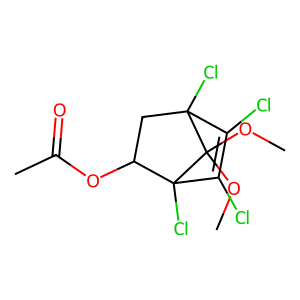
SMILES: COC1(OC)C2(Cl)CC(OC(C)=O)C1(Cl)C(Cl)=C2Cl
Inhibits HIV replication: No